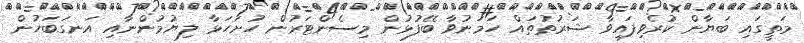
މަތީގައި ބަޔާން ކުރެވިފައިވާ ޝަރުތުތައް ހަމަނުވާ ބޭފުޅުން މިސެންޓަރުން ހުށަހަޅާ ލިޔުމުންނާއި އަނގަބަހުން